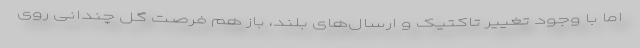
اما با وجود تغییر تاکتیک و ارسال‌های بلند، باز هم فرصت گل چندانی روی